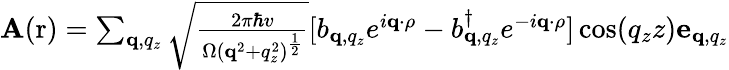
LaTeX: \begin{array}{r}{\mathbf A(\mathrm r)=\sum_{\mathbf q,q_{z}}\sqrt{\frac{2\pi\hbar v}{\Omega(\mathbf q^{2}+q_{z}^{2})^{\frac{1}{2}}}}[b_{\mathbf q,q_{z}}e^{i\mathbf q\cdot\rho}-b_{\mathbf q,q_{z}}^{\dagger}e^{-i\mathbf q\cdot\rho}]\cos(q_{z}z)\mathbf e_{\mathbf q,q_{z}}}\end{array}